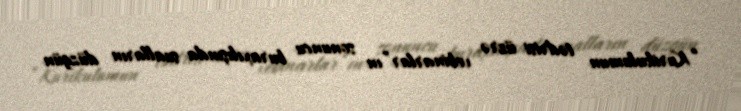
“Kurikulumun tədrisi üzrə vebinarlar”ın sonuncu buraxılışında sualların düzgün